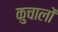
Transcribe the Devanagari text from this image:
कुचालों